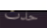
حدث